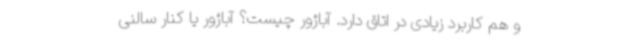
و هم کاربرد زیادی در اتاق دارد. آباژور چیست؟ آباژور یا کنار سالنی